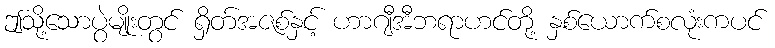
ဤသို့သောပွဲမျိုးတွင် ရှိတ်အဇစ်နှင့် ဟာဂျီအီဘရာဟင်တို့ နှစ်ယောက်စလုံးကပင်